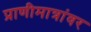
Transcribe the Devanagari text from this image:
प्राणीमात्रांवर